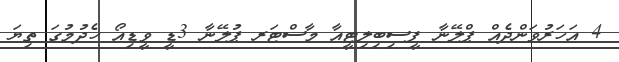
4 އަހަރުވަންދެއް ޕްލޭނާ ފީސިބިލިޓީއާ މާސްޓަރ ޕުލޭނާ 3ޑީ ވީޑިއޯ ހެދުމުގަ ތިޔަ